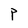
Character: P